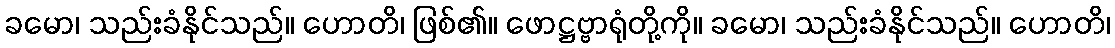
ခမော၊ သည်းခံနိုင်သည်။ ဟောတိ၊ ဖြစ်၏။ ဖောဋ္ဌဗ္ဗာရုံတို့ကို။ ခမော၊ သည်းခံနိုင်သည်။ ဟောတိ၊